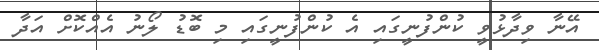
އޭނާ ވިދާޅުވީ ކުންފުނީގައި އެ ކުންފުނީގައި މި ބޮޑު ލޯނު އެއްކޮށް އަދާ